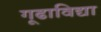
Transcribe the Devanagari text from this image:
गूढाविद्या